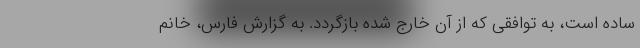
ساده است، به توافقی که از آن خارج شده بازگردد. به گزارش فارس، خانم